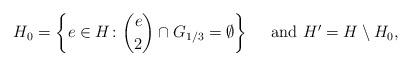
LaTeX: \begin{align*} H_0=\left\{e\in H\colon \binom e2\cap G_{1/3}=\emptyset\right\}\quad\mbox{ and }H'=H\setminus H_0,\end{align*}